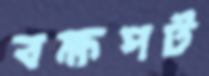
বক্ষপট